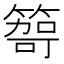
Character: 𥰮